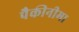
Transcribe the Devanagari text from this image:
पैकीनीमा